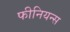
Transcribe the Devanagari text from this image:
फीनियन्स